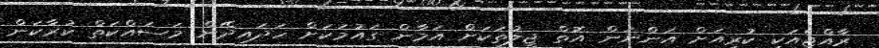
ރާއްޖެއަކީ ކުރިއަށް އަންނަން އޮތް ޖީލުތަކަށް އަމާން ގައުމަކަށް ހަދައިދޭން މަސައްކަތް ކުރާކަން